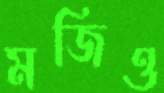
মজিও